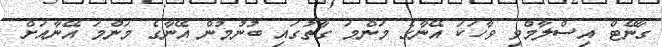
ގާނޭޓް އިސްލާމްވި ވާހަކަ އޭނާގެ މަންމަ ގާތުގައި ބުނުމުން އޭނާގެ މަންމަ އޭނާއަށް